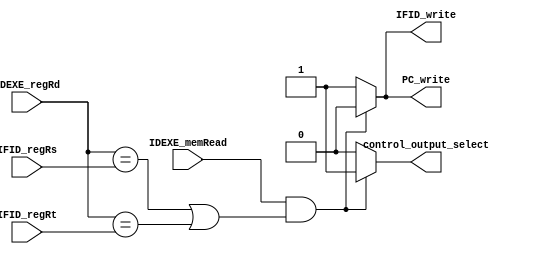
`timescale 1ns/1ps
module Hazard_detection(
    input [4:0] IFID_regRs,
    input [4:0] IFID_regRt,
    input [4:0] IDEXE_regRd,
    input IDEXE_memRead,
    output reg PC_write,
    output reg IFID_write,
    output reg control_output_select
);
/* Write your code HERE */

always @(*) begin
    if(IDEXE_memRead&&((IDEXE_regRd==IFID_regRs)||(IDEXE_regRd==IFID_regRt))) begin
        PC_write <= 1'b0;
        IFID_write <= 1'b0;
        control_output_select <= 1'b1;
    end
    else begin
        PC_write <= 1'b1;
        IFID_write <= 1'b1;
        control_output_select <= 1'b0;
    end
end

endmodule